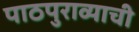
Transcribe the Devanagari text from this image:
पाठपुराव्याची